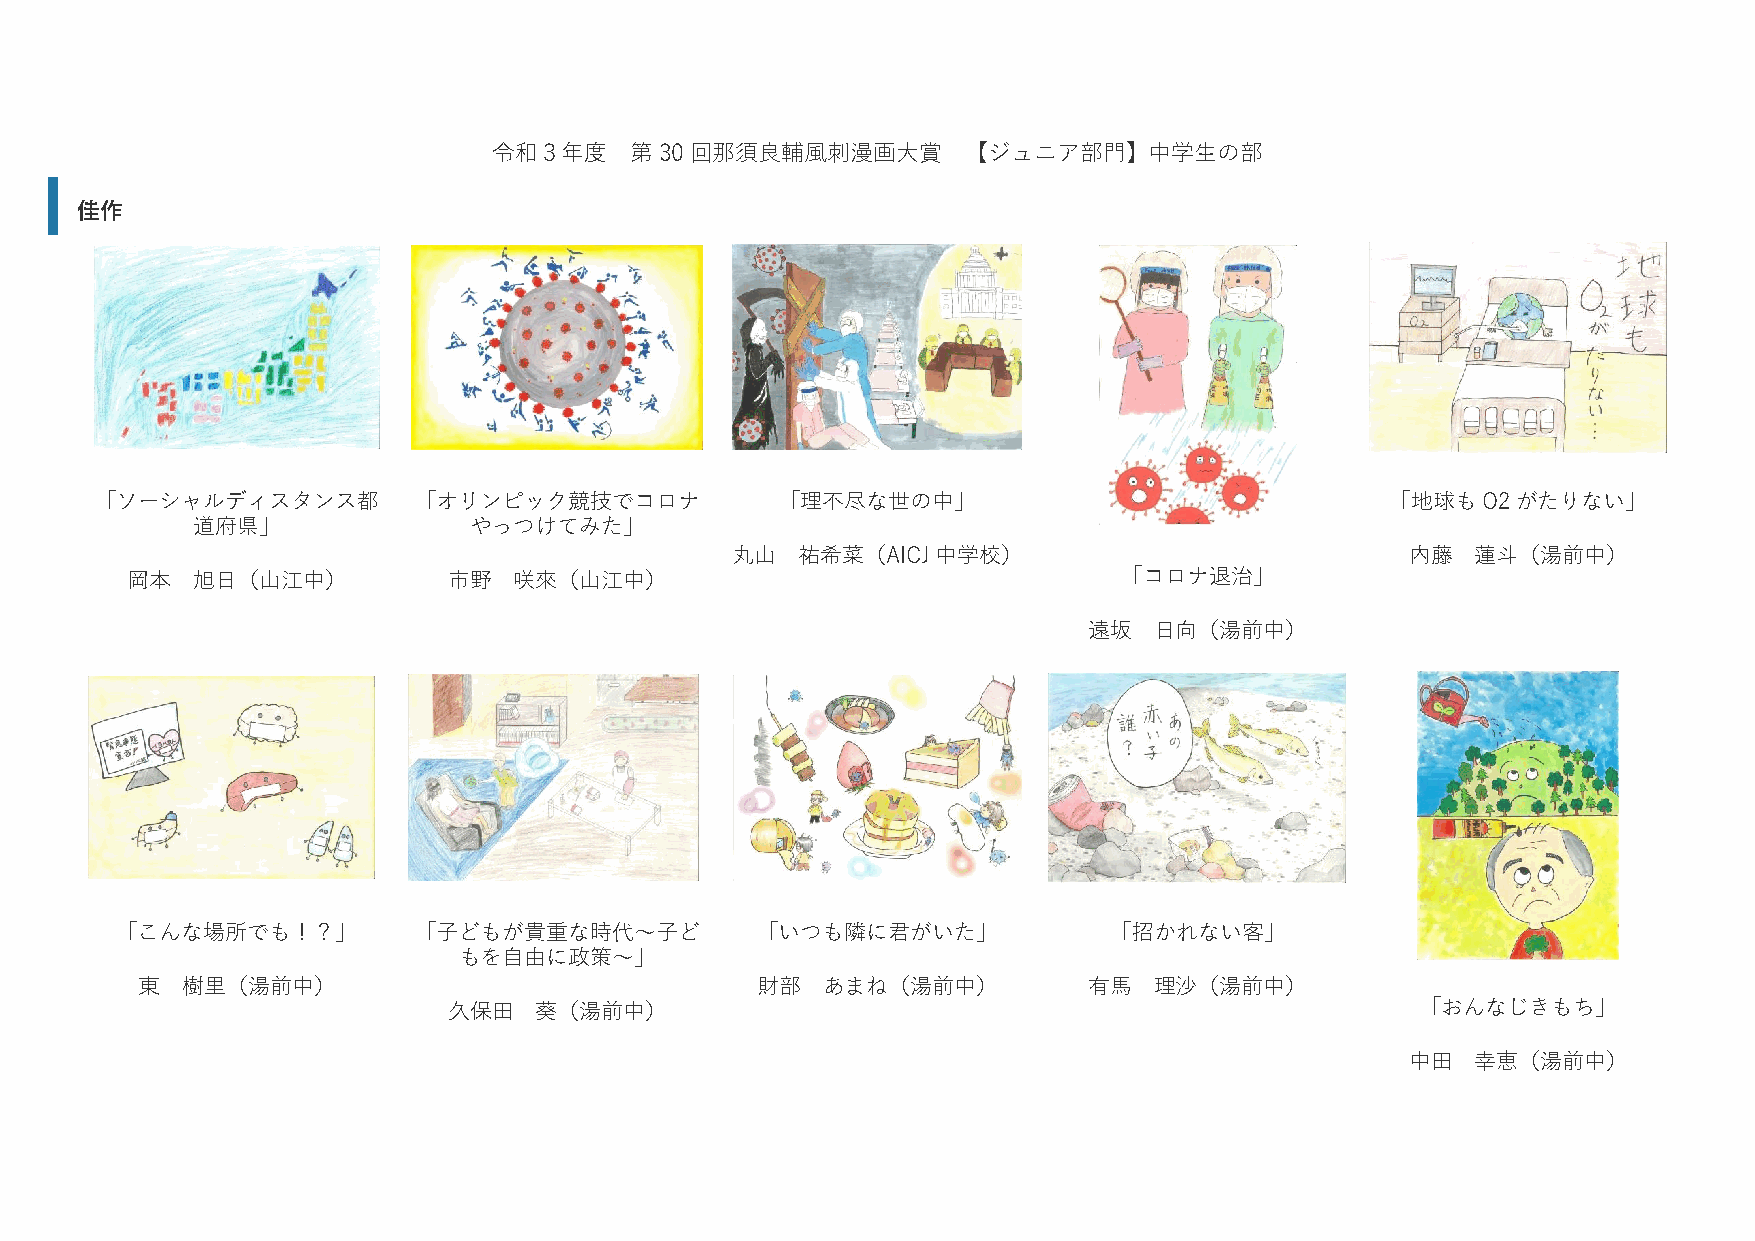
令和３年度    第30回那須良輔風刺漫画大賞        【ジュニア部門】中学生の部
 佳作
 「ソーシャルディスタンス都        「オリンピック競技でコロナ            「理不尽な世の中」                               「地球もO2がたりない」
 道府県」              やっつけてみた」
 丸山   祐希菜（AICJ中学校）                            内藤   蓮斗（湯前中）
 岡本   旭日（山江中）          市野  咲來（山江中）                                 「コロナ退治」
 遠坂  日向（湯前中）
 「こんな場所でも！？」        「子どもが貴重な時代～子ど          「いつも隣に君がいた」            「招かれない客」
 もを自由に政策～」
 東  樹里（湯前中）                               財部  あまね（湯前中）          有馬  理沙（湯前中）
 久保田  葵（湯前中）                                                     「おんなじきもち」
 中田   幸恵（湯前中）